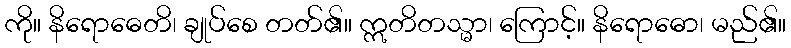
ကို။ နိရောဓေတိ၊ ချုပ်စေ တတ်၏။ ဣတိတသ္မာ၊ ကြောင့်။ နိရောဓော၊ မည်၏။